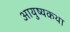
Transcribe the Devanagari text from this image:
आयुष्यकथा